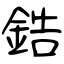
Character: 鋯